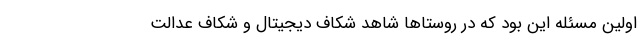
اولین مسئله این بود که در روستاها شاهد شکاف دیجیتال و شکاف عدالت